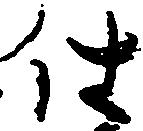
仕